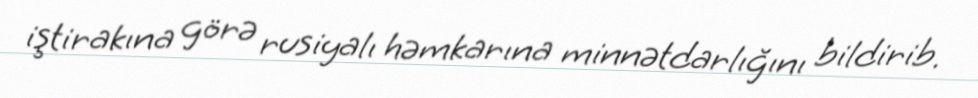
iştirakına görə rusiyalı həmkarına minnətdarlığını bildirib.